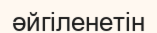
әйгіленетін